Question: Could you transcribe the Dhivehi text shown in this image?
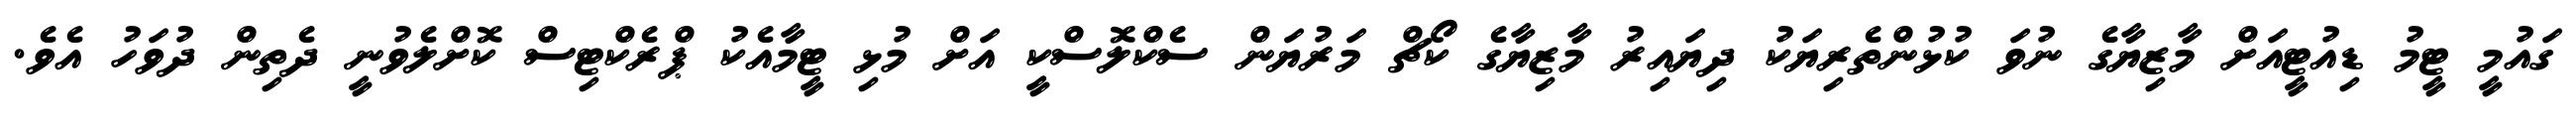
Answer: ގައުމީ ޓީމު ޑިއުޓީއަށް މާޒިޔާގެ ނުވަ ކުޅުންތެރިޔަކު ދިޔައިރު މާޒިޔާގެ ކޯޗް މަރުޔަން ސެކްލޮސްކީ އަށް މުޅި ޓީމާއެކު ޕްރެކްޓިސް ކޮށްލެވުނީ ދެތިން ދުވަހު އެވެ.